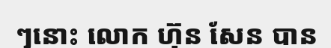
ៗនោះ លោក ហ៊ុន សែន បាន